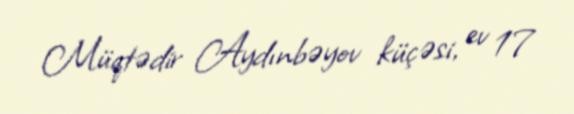
Müqtədir Aydınbəyov küçəsi, ev 17